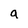
Character: a